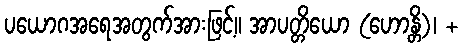
ပယောဂအရေအတွက်အားဖြင့်။ အာပတ္တိယော (ဟောန္တိ)၊ +